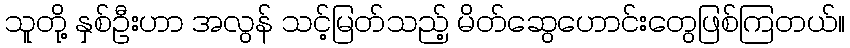
သူတို့ နှစ်ဦးဟာ အလွန် သင့်မြတ်သည့် မိတ်ဆွေဟောင်းတွေဖြစ်ကြတယ်။